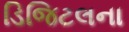
ડિજિટલના